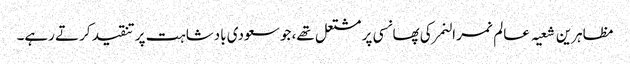
مظاہرین شعیہ عالم نمر النمر کی پھانسی پر مشتعل تھے، جو سعودی بادشاہت پر تنقید کرتے رہے۔